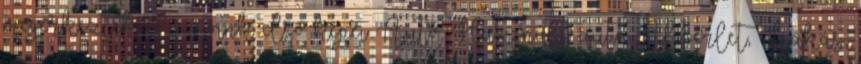
megérkeztek olvasóink első képei Autó, Használt autó Albérlet, Lakás,